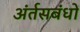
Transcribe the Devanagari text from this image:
अंर्तसबंधों